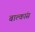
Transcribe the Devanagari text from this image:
बाल्कांस